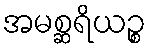
အမစ္ဆရိယဉ္စ